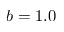
b = 1 . 0